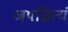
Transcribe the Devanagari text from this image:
जपन्नित्यं